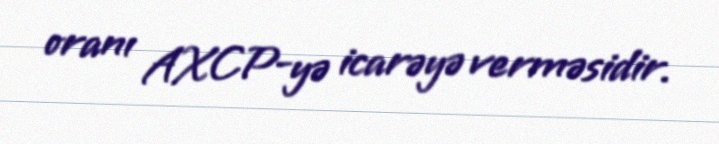
oranı AXCP-yə icarəyə verməsidir.